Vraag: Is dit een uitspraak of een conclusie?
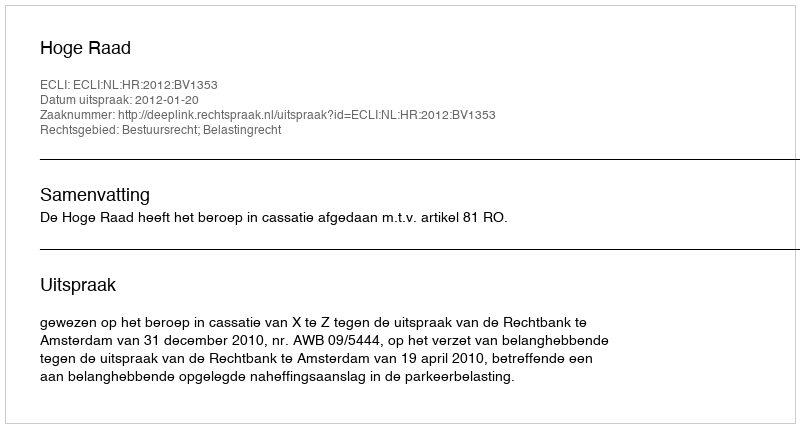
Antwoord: Uitspraak